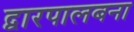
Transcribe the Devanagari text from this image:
द्वारपालबना